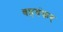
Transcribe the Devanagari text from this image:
बहयंकर